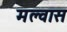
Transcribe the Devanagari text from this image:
मल्वास